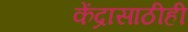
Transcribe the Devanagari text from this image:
केंद्रासाठीही